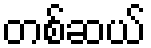
တစ်ဆယ်